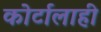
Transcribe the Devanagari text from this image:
कोर्टालाही